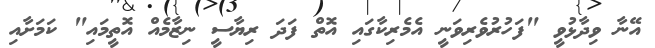
އޭނާ ވިދާޅުވީ "ފަހުރުވެރިވަނީ އެމެރިކާގައި އޮތް ފަދަ ރިޔާސީ ނިޒާމެއް އޮތީމައި" ކަމަށާއި